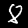
Digit: 8